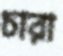
চারা